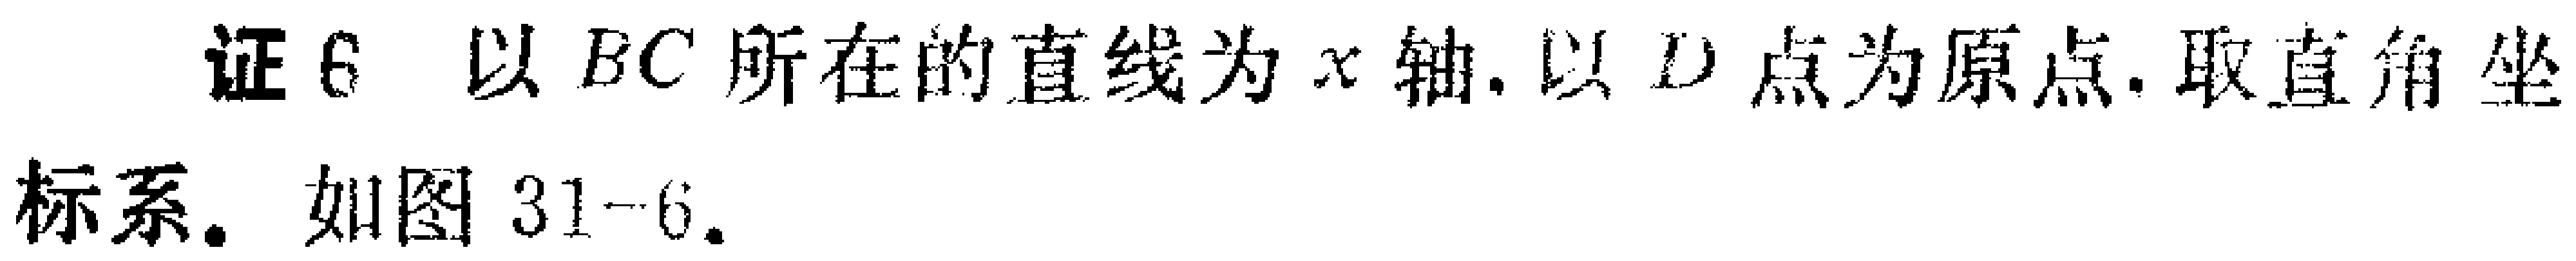
证6 以 \(BC\) 所在的直线为 \(x\) 轴.以 \(D\) 点为原点.取直角坐标系. 如图 \(31 - 6\).